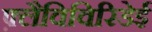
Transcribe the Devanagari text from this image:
फ़्लैविविरिडेई